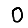
Digit: 0